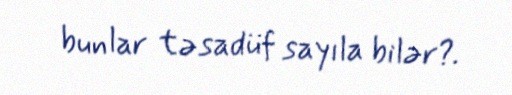
bunlar təsadüf sayıla bilər?.